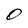
Character: O